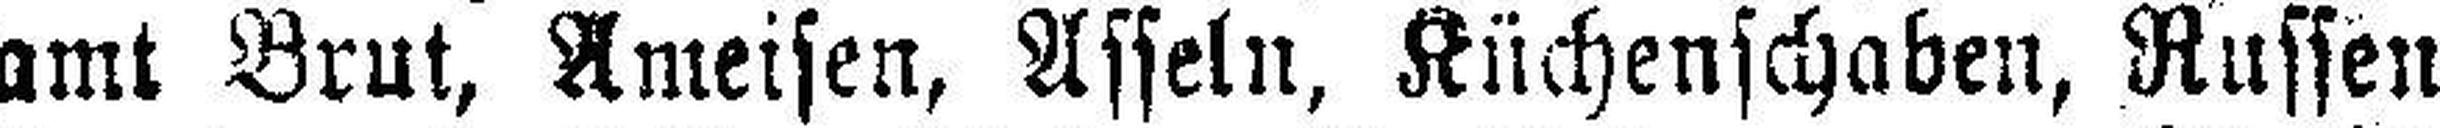
samt Brut, Ameisen, Asseln, Küchenschaben, Russen